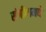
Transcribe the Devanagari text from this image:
संगीतामधे